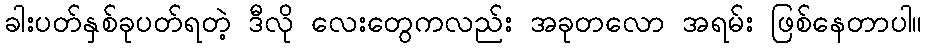
ခါးပတ်နှစ်ခုပတ်ရတဲ့ ဒီလို လေးတွေကလည်း အခုတလော အရမ်း ဖြစ်နေတာပါ။